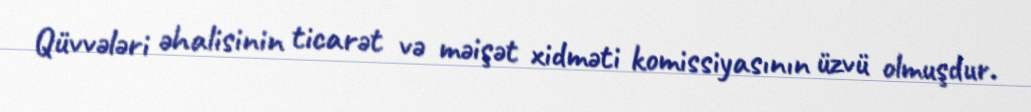
Qüvvələri əhalisinin ticarət və məişət xidməti komissiyasının üzvü olmuşdur.